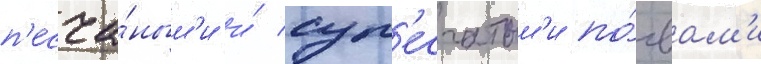
п'есча́ным'и и́ суп'есчатым'и по́чвам'и